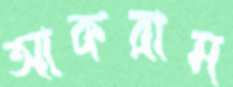
আকরাম